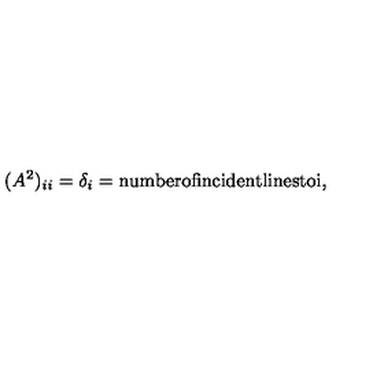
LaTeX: ( A ^ { 2 } ) _ { i i } = \delta _ { i } = \mathrm { n u m b e r o f i n c i d e n t l i n e s t o i } ,